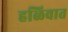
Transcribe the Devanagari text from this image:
हळिवात